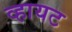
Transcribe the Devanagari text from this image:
व्हायट